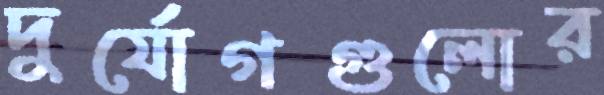
দুর্যোগগুলোর